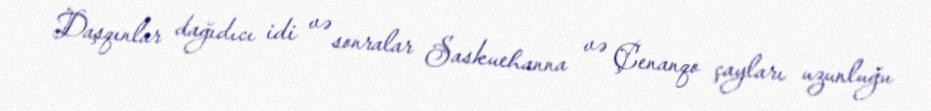
Daşqınlar dağıdıcı idi və sonralar Saskuehanna və Çenanqo çayları uzunluğu